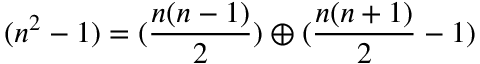
( n ^ { 2 } - 1 ) = ( \frac { n ( n - 1 ) } { 2 } ) \oplus ( \frac { n ( n + 1 ) } { 2 } - 1 )